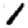
Digit: 1